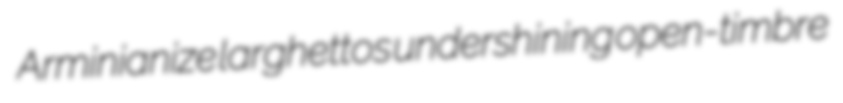
Arminianize larghettos undershining open-timbre